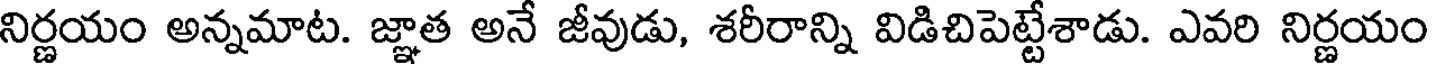
నిర్ణయం అన్నమాట. జ్ఞాత అనే జీవుడు, శరీరాన్ని విడిచిపెట్టేశాడు. ఎవరి నిర్ణయం